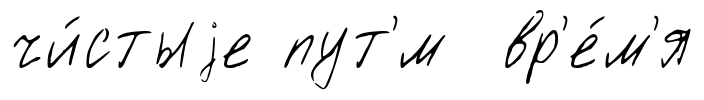
чи́стыjе пут'́м вр'е́м'я